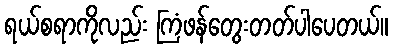
ရယ်စရာကိုလည်း ကြံဖန်တွေးတတ်ပါပေတယ်။